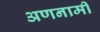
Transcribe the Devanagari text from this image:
अणनामी